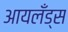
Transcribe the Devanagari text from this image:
आयलँड्स